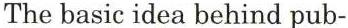
The basic idea behind pub-